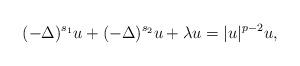
LaTeX: \begin{align*} (-\Delta)^{s_1} u +(-\Delta)^{s_2} u + \lambda u=|u|^{p-2} u,\end{align*}